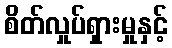
စိတ်လှုပ်ရှားမှုနှင့်